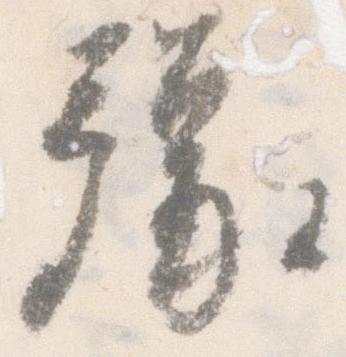
豫